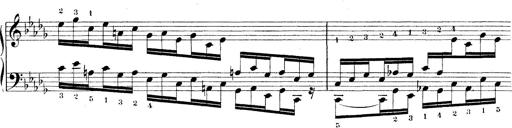
Title: Technische Studien
Composer: Franz Liszt